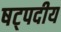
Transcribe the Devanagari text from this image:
षट्पदीय